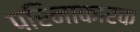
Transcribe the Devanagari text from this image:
परिनाकारक